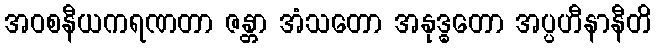
အဝစနီယကရဏတာ ဇန္တာ အံသတော အနုဒ္ဓတော အပ္ပဟီနာနီတိ